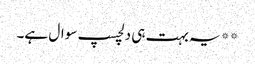
**یہ بہت ہی دلچسپ سوال ہے۔